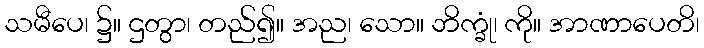
သမီပေ၊ ၌။ ဌတွာ၊ တည်၍။ အည၊ သော။ ဘိက္ခုံ၊ ကို။ အာဏာပေတိ၊